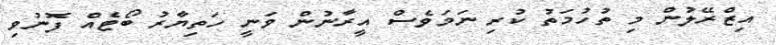
އިޒްރޭލުން މި ތުހުމަތު ކުރި ނަމަވެސް އީރާނުން ވަނީ ހަތިޔާރު ބޯޓެއް ފޮނުވި